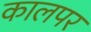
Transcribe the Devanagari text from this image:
कालपर